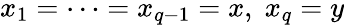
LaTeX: x_{1}=\dots=x_{q-1}=x,\; x_{q}=y